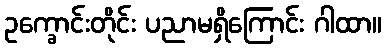
ဥက္ခောင်းတိုင်း ပညာမရှိကြောင်း ဂါထာ။